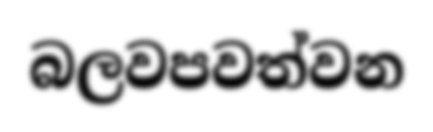
බලවපවත්වන